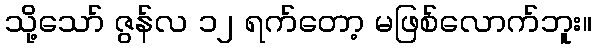
သို့သော် ဇွန်လ ၁၂ ရက်တော့ မဖြစ်လောက်ဘူး။